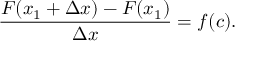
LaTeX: { \frac { F ( x _ { 1 } + \Delta x ) - F ( x _ { 1 } ) } { \Delta x } } = f ( c ) .